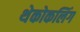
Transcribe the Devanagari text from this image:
थेकोकलिंग